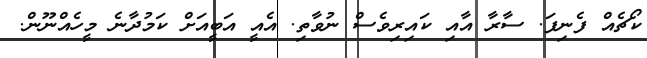
ކޯޗެއް ފެނިފަ. ސާރާ އާއި ކައިރިވެސް ނުވާތި. އެއީ އަބީއަށް ކަމުދާނެ މީހެއްނޫން.